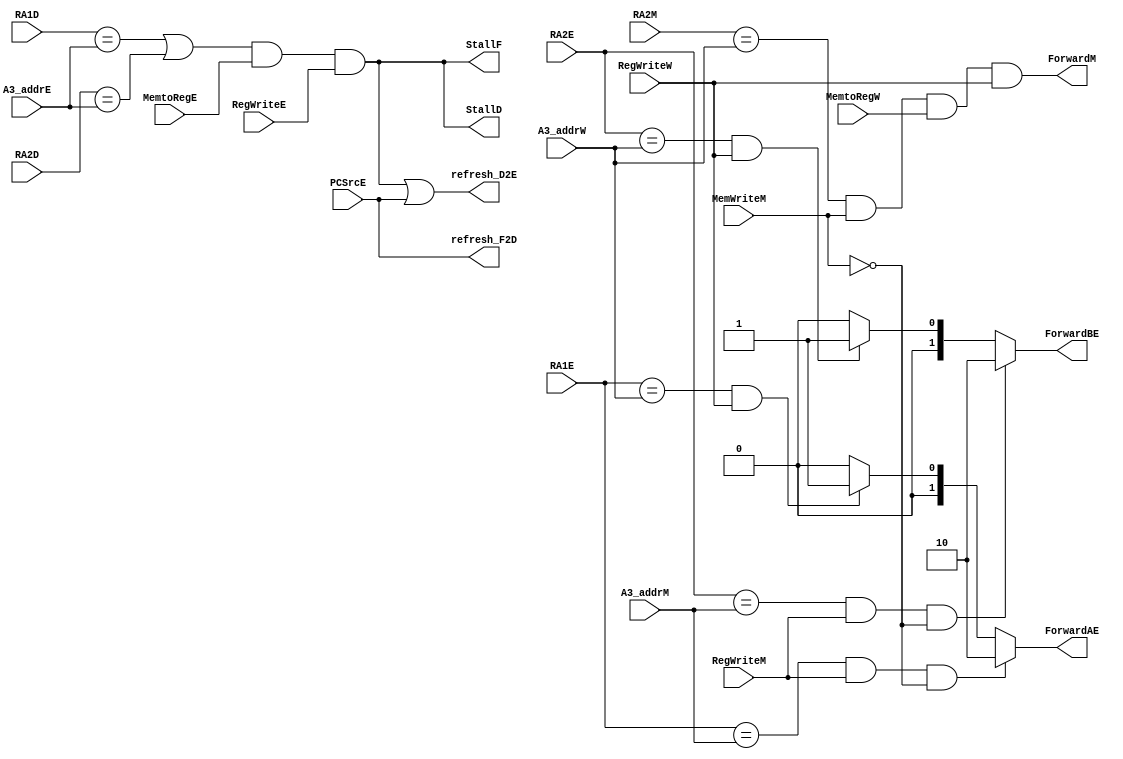
module Hazard_Unit (
    input [3:0] RA1D,
    input [3:0] RA2D,

    input [3:0] RA1E,
    input [3:0] RA2E,

    input [3:0] A3_addrE,
    input MemtoRegE,
    input PCSrcE,
    input RegWriteE,

    input [3:0] A3_addrM,
    input RegWriteM,
    input [3:0] RA2M,
    input MemWriteM,

    input MemtoRegW,
    input [3:0] A3_addrW,
    input RegWriteW,

    output StallF,
    output StallD,

    output refresh_F2D,
    output refresh_D2E,

    output [1:0] ForwardAE,
    output [1:0] ForwardBE,

    output ForwardM
);
    
    // We judge RA whether equal to LDR element
    wire Match_1E_M = (RA1E == A3_addrM); 
    wire Match_2E_M = (RA2E == A3_addrM);

    wire Match_1E_W = (RA1E == A3_addrW);
    wire Match_2E_W = (RA2E == A3_addrW);

    // There may be exist a bug
    assign ForwardAE = (Match_1E_M & RegWriteM & !MemWriteM) ? 2'b10 : (Match_1E_W & RegWriteW) ? 2'b01: 2'b00;
    assign ForwardBE = (Match_2E_M & RegWriteM & !MemWriteM) ? 2'b10 : (Match_2E_W & RegWriteW) ? 2'b01: 2'b00;

    // We judge whether STR is same with LDR element
    assign ForwardM = (RA2M == A3_addrW) & MemWriteM & MemtoRegW & RegWriteW;

    // We stall the first two stages if we the element LDR and need to be used in E stage
    wire Match_12D_E = (RA1D == A3_addrE) || (RA2D == A3_addrE);

    wire Idrstall = Match_12D_E & MemtoRegE & RegWriteE;

    // Branch refresh

    assign StallF = Idrstall;
    assign StallD = Idrstall;
    assign refresh_D2E = Idrstall || PCSrcE;
    assign refresh_F2D = PCSrcE;
endmodule